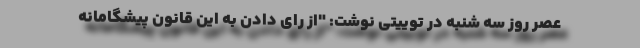
عصر روز سه ‌شنبه در توییتی نوشت: "از رای دادن به این قانون پیشگامانه